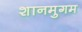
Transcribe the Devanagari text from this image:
शानमुगम